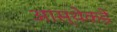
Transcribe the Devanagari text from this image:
आस्थेकडे